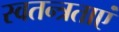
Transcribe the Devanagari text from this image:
स्वतन्त्रताएं